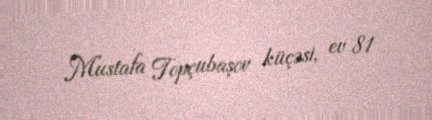
Mustafa Topçubaşov küçəsi, ev 81